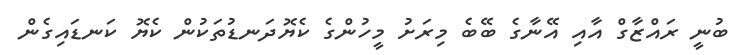
ބުނީ ރައްޒާގް އާއި އޭނާގެ ބޭބެ މިރަށު މީހުންގެ ކެޔޮދަނޑުތަކުން ކެޔޮ ކަނޑައިގެން